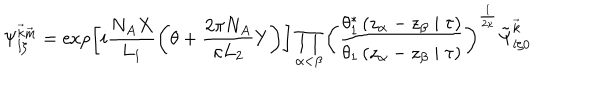
\Psi _ { l \zeta } ^ { { \vec { k } } { \vec { m } } } = \exp \left[ i \frac { N _ { A } X } { L _ { 1 } } \left( \theta + \frac { 2 \pi N _ { A } } { \kappa L _ { 2 } } Y \right) \right] \prod _ { \alpha < \beta } \left( \frac { \theta _ { 1 } ^ { \ast } \left( z _ { \alpha } - z _ { \beta } \mid \tau \right) } { \theta _ { 1 } \left( z _ { \alpha } - z _ { \beta } \mid \tau \right) } \right) ^ { \frac { 1 } { 2 \kappa } } \tilde { \Psi } _ { l \zeta 0 } ^ { { \vec { k } } }